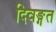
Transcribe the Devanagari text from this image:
दिवङ्गत